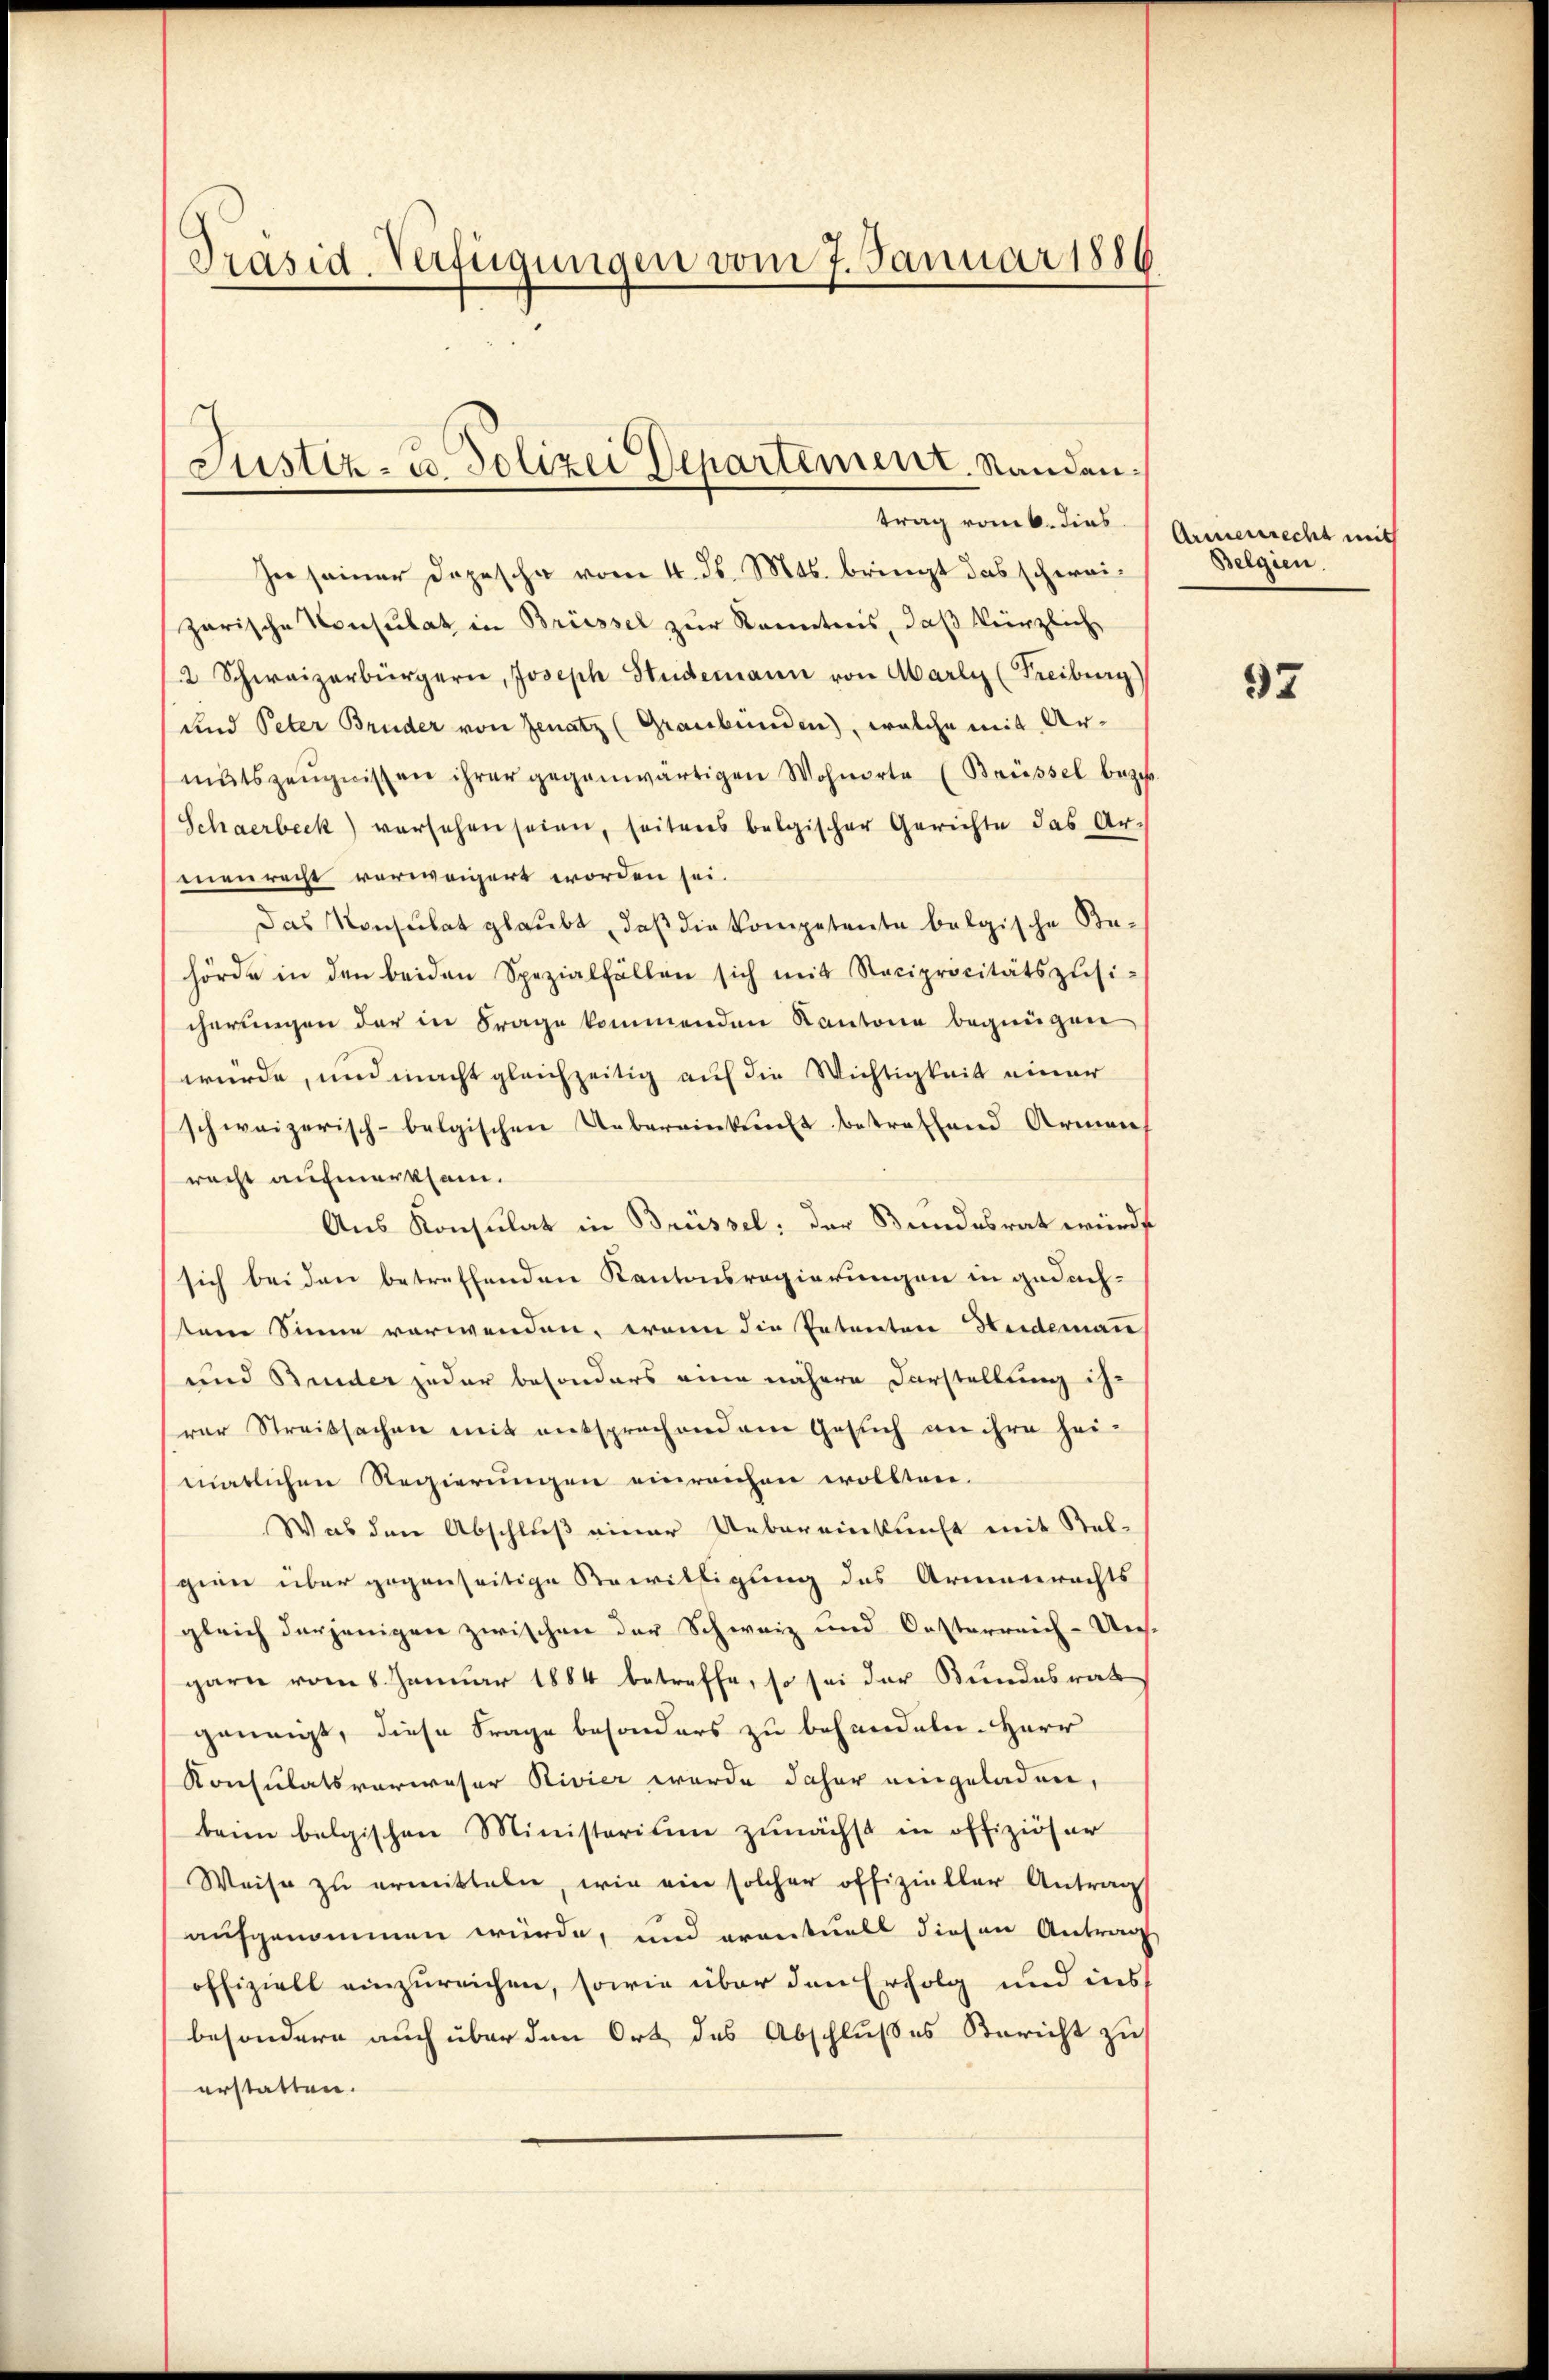
Präsid-Verfügungen vom 7. Januar 1886

Justiz- u. Polizei Departement. Standen.
trag vom 6. dies

In seiner Depesche vom 4. d. Mts. bringt das schweizarische Konsulat in Brüssel zur Kenntnis, daß kürzliche
2 Schweizerbürgern, Joseph Studemann von Marli (Freiburg)
und Peter Bruder von Genatz (Graubünden), welche mit Armŭtszeŭgnissen ihrer gegenwärtigen Wohnorte (Brüssel beze
Schaerbeck versehen seien, seitens belgischer Gerichte das Ar-
menrecht verweigert worden sei.
Das Konsulat glaubt, daβ die Kompetente belgische Be-
hörde in den beiden Spezialfällen sich mit Reciprocitätszŭsi-
cherungen der in Frage kommenden Kantone begnügen
würde, und macht gleichzeitig auf die Wichtigkeit einer
schweizerisch-belgischen Uebereinkunft betreffend Armen
racht aufmerksam.
Aus Konsulat in Brüssel: der Bundesrat würde
sich beiden betreffenden Kantonsregierungen in gedachsem Sinne verwenden, wenn die Petenten Heideman
und Binder jeder besonders eine nähere Darstellung ihr
rer Streitsachen mit entsprechendem Gesuch an ihre hei-
matlichen Regierungen einreichen wollten.
Was den Abschluß einer Uebereinkunft mit Stel-
gien über gegenseitige Bewilligung des Armenrechts
gleich derjenigen zwischen der Schweiz und Oesterreich-Uns-
garn vom 6. Januar 1884 betreffe, so sei der Bundesrath
geneigt, diese Frage besonders zu behandeln. Herr
Konsulatsverweser Rivier wurde daher eingeladen,
beim belgischen Ministerium zunächst in offiziöser
Weise zu ermitteln, wie ein solcher offizieller Antrag
aufgenommen würde, und eventuell diesen Antrag
offiziell einzureichen, sowie über den Erfolg und ins
besondere auch über den Ort des Abschlußes Bericht zu
erstatten.

Armenrecht mit
Belgien.

97